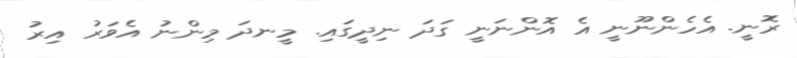
ރޮނީ. އެހެންނޫނީ އެ އޮންނަނީ ގަދަ ނިދީގައި. މީނދަ މިންނު އެވަރު އިރު